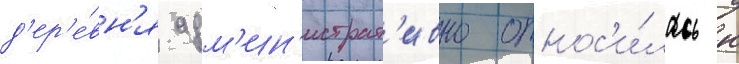
д'ер'е́вн'я адм'ин'истрат'ивно относ'и́лась к